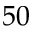
5 0